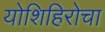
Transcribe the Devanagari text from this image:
योशिहिरोचा